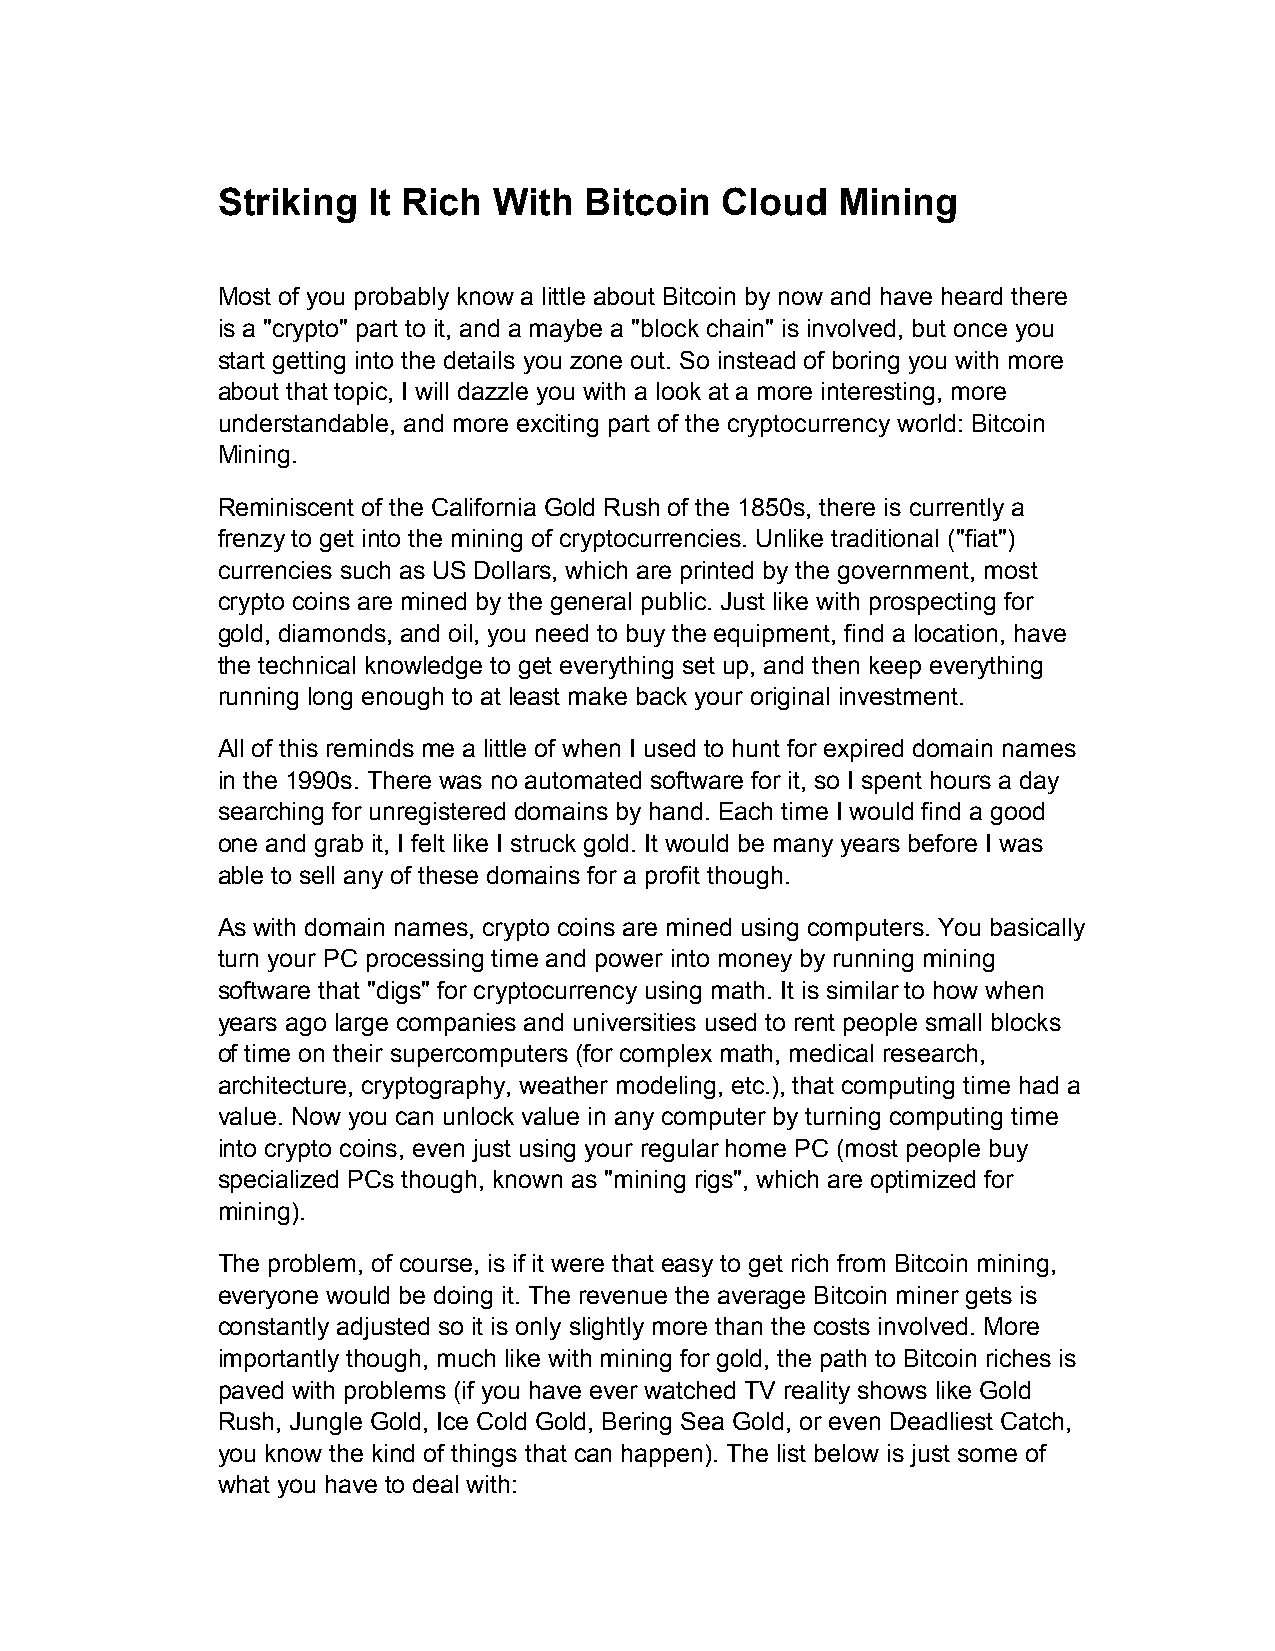
Striking  It Rich  With  Bitcoin  Cloud  Mining
 Most of you probably know a little about Bitcoin by now and have heard there
 is a "crypto" part to it, and a maybe a "block chain" is involved, but once you
 start getting into the details you zone out. So instead of boring you with more
 about that topic, I will dazzle you with a look at a more interesting, more
 understandable, and more exciting part of the cryptocurrency world: Bitcoin
 Mining.
 Reminiscent of the California Gold Rush of the 1850s, there is currently a
 frenzy to get into the mining of cryptocurrencies. Unlike traditional ("fiat")
 currencies such as US Dollars, which are printed by the government, most
 crypto coins are mined by the general public. Just like with prospecting for
 gold, diamonds, and oil, you need to buy the equipment, find a location, have
 the technical knowledge to get everything set up, and then keep everything
 running long enough to at least make back your original investment.
 All of this reminds me a little of when I used to hunt for expired domain names
 in the 1990s. There was no automated software for it, so I spent hours a day
 searching for unregistered domains by hand. Each time I would find a good
 one and grab it, I felt like I struck gold. It would be many years before I was
 able to sell any of these domains for a profit though.
 As with domain names, crypto coins are mined using computers. You basically
 turn your PC processing time and power into money by running mining
 software that "digs" for cryptocurrency using math. It is similar to how when
 years ago large companies and universities used to rent people small blocks
 of time on their supercomputers (for complex math, medical research,
 architecture, cryptography, weather modeling, etc.), that computing time had a
 value. Now you can unlock value in any computer by turning computing time
 into crypto coins, even just using your regular home PC (most people buy
 specialized PCs though, known as "mining rigs", which are optimized for
 mining).
 The problem, of course, is if it were that easy to get rich from Bitcoin mining,
 everyone would be doing it. The revenue the average Bitcoin miner gets is
 constantly adjusted so it is only slightly more than the costs involved. More
 importantly though, much like with mining for gold, the path to Bitcoin riches is
 paved with problems (if you have ever watched TV reality shows like Gold
 Rush, Jungle Gold, Ice Cold Gold, Bering Sea Gold, or even Deadliest Catch,
 you know the kind of things that can happen). The list below is just some of
 what you have to deal with: